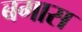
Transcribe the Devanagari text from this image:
बगास